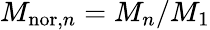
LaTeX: M_{\mathrm{nor},n}=M_{n}/M_{1}